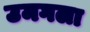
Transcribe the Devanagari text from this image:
उमगला